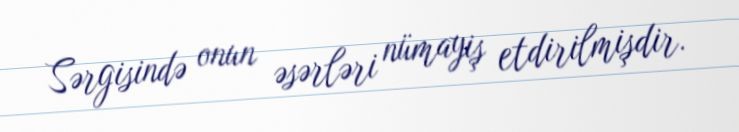
Sərgisində onun əsərləri nümayiş etdirilmişdir.